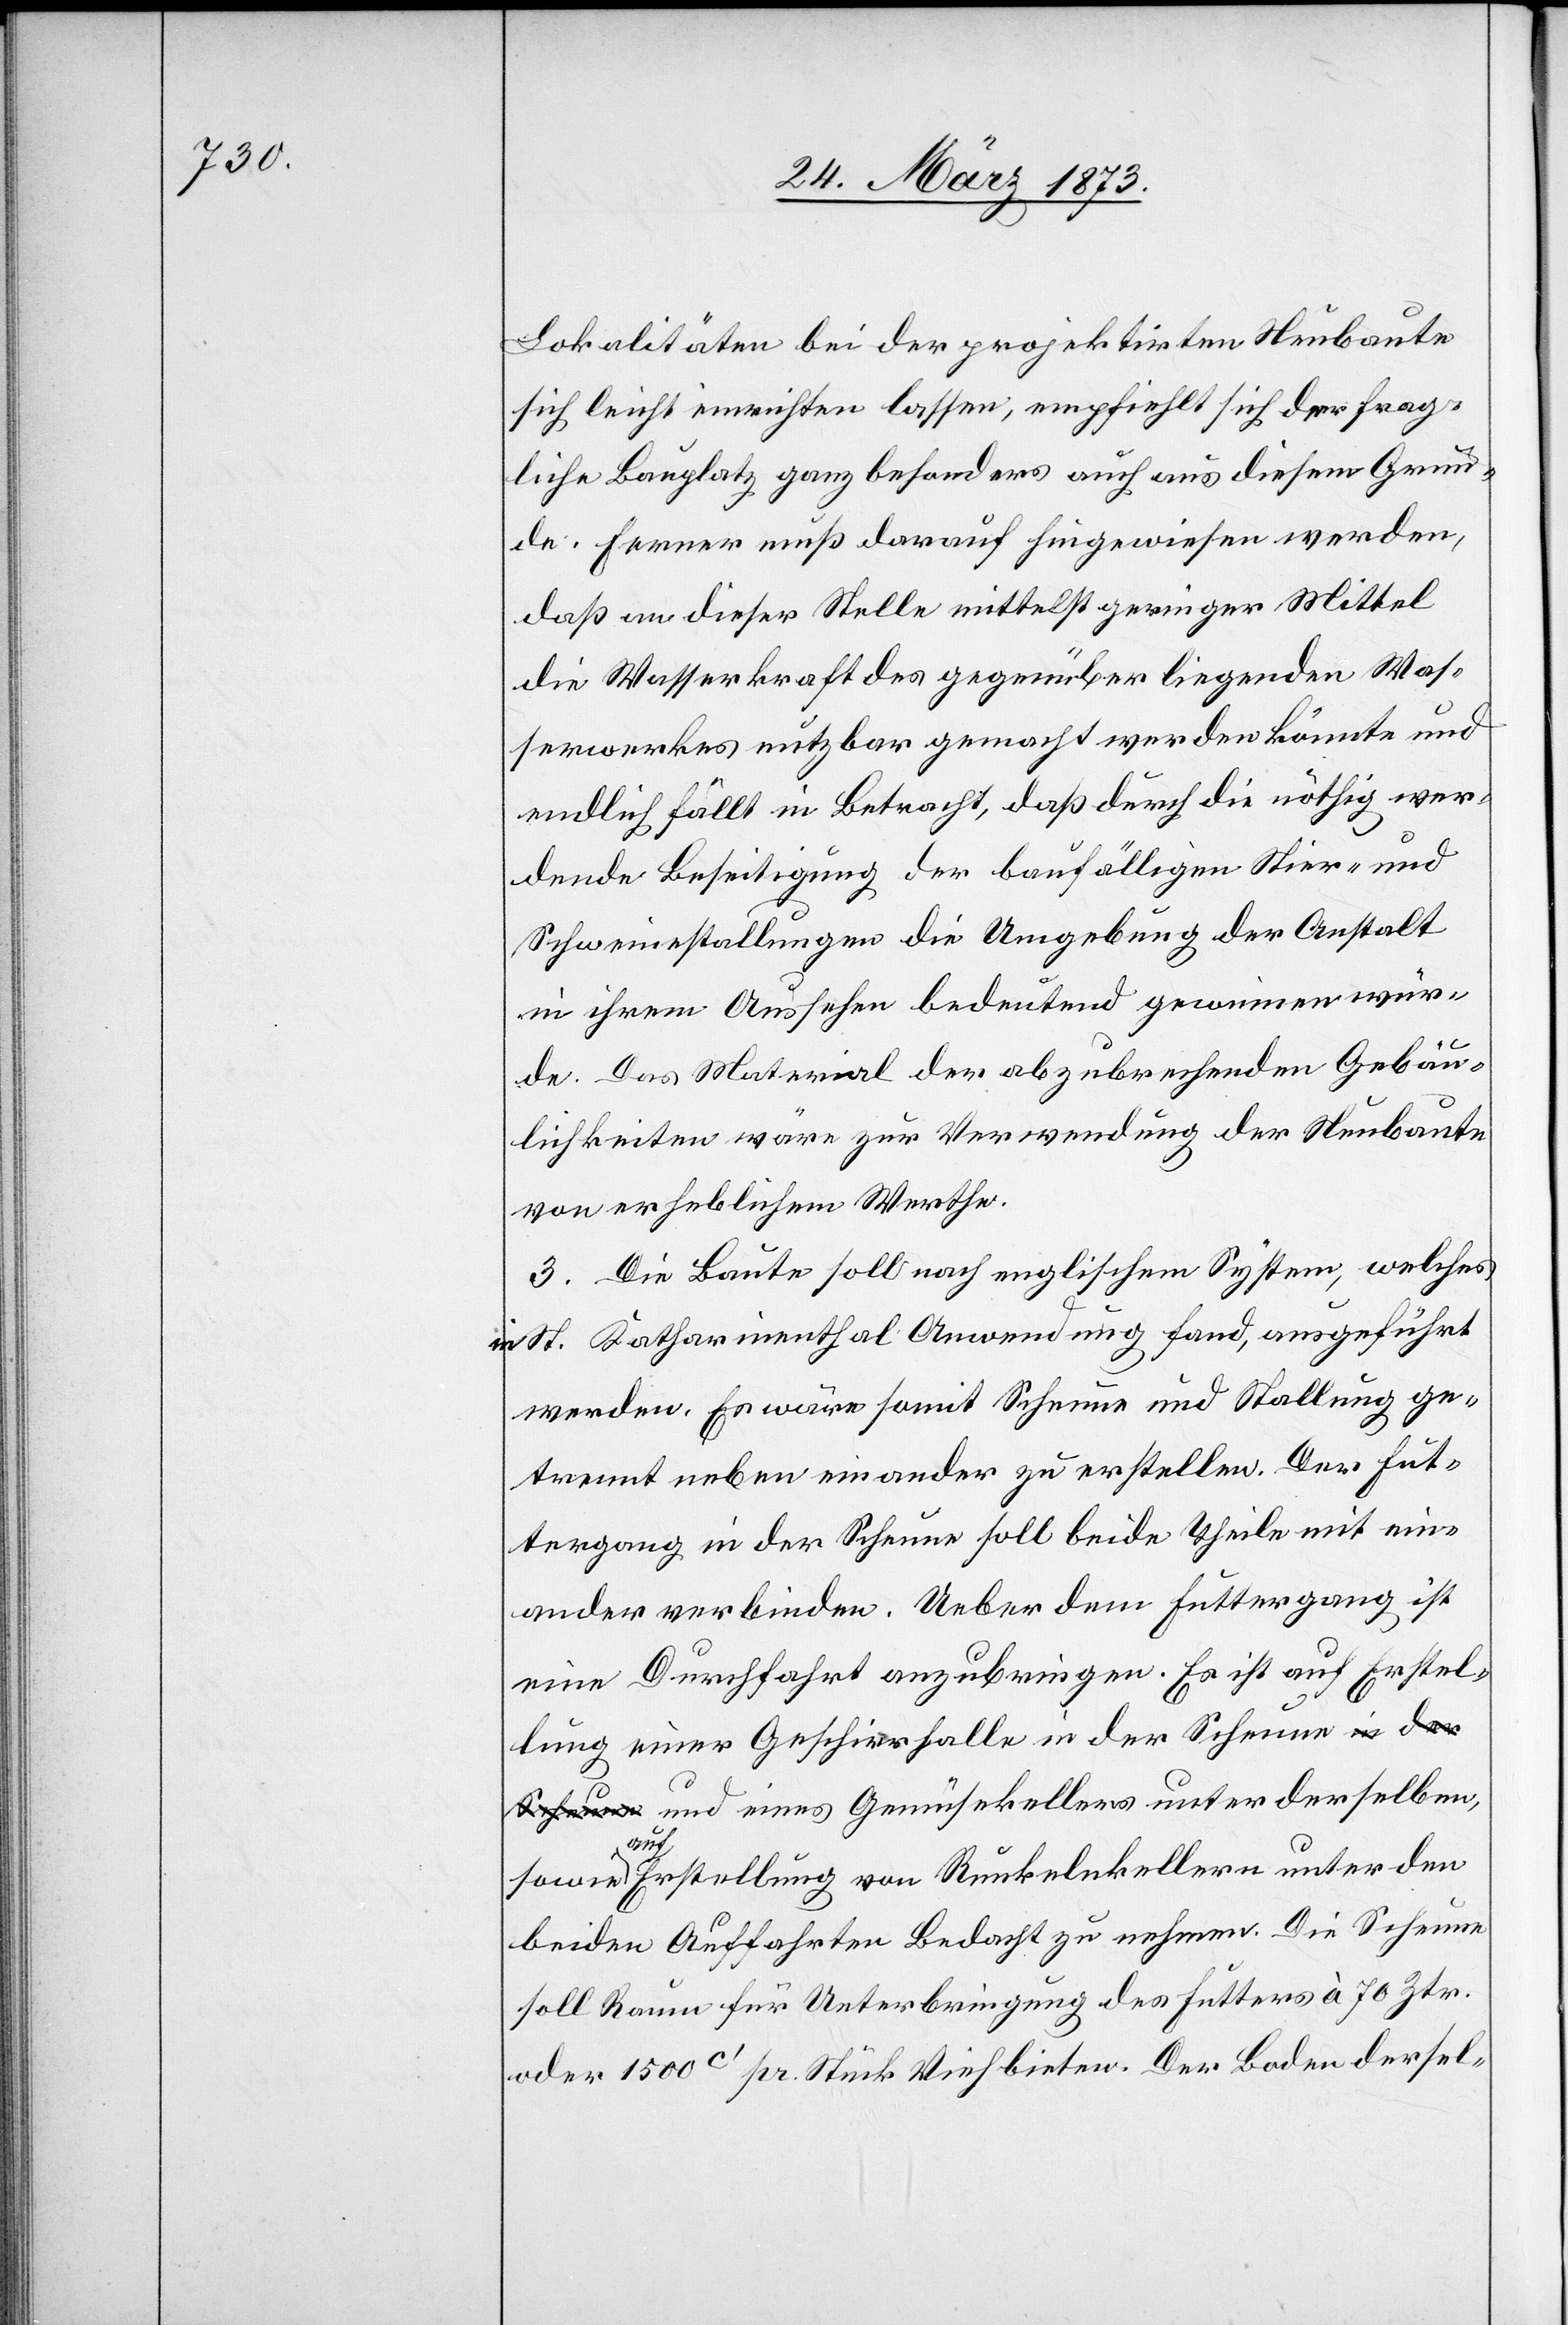
Lokalitäten bei der projektirten Neubaute
sich leicht einrichten lassen, empfiehlt sich der frag¬
liche Bauplatz ganz besonders auch aus diesem Grun¬
de. Ferner muß darauf hingewiesen werden,
daß an dieser Stelle mittelst geringer Mittel
die Wasserkraft des gegenüberliegenden Was¬
serwerkes nutzbar gemacht werden könnte und
endlich fällt in Betracht, daß durch die nöthig wer¬
dende Beseitigung der baufälligen Stier- und
Schweinestallungen die Umgebung der Anstalt
in ihrem Aussehen bedeutend gewinnen wür¬
de. Das Material der abzubrechenden Gebäu¬
lichkeiten wäre zur Verwendung der Neubaute
von erheblichem Werthe.
3. Die Baute soll nach englischem System, welches
in St. Katharinenthal Anwendung fand, ausgeführt
werden. Es wäre somit Scheune und Stallung ge¬
trennt neben einander zu erstellen. Der Fut¬
tergang in der Scheune soll beide Theile mit ein¬
ander verbinden. Ueber dem Futtergang ist
eine Durchfahrt anzubringen. Es ist auf Erstel¬
lung einer Geschirrhalle in der Scheune und
sowie auf Erstellung von Runkelnkellern unter den
beiden Auffahrten Bedacht zu nehmen. Die Scheune
soll Raum für Unterbringung des Futters à 70 Ztr.
oder 1500c’ pr. Stück Vieh bieten. Der Boden dersel-